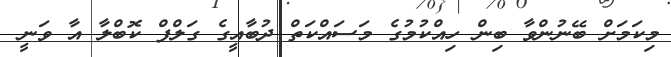
މިކަމަށް ބޭނުންވާ ބިން ހިއްކުމުގެ މަސައްކަތް ދުބާއީގެ ގަލްފް ކޮބްލާ އާ ވަނީ